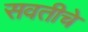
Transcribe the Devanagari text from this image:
सवतीचे